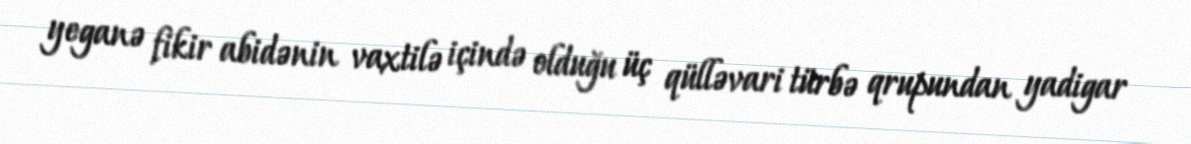
yeganə fikir abidənin vaxtilə içində olduğu üç qülləvari türbə qrupundan yadigar